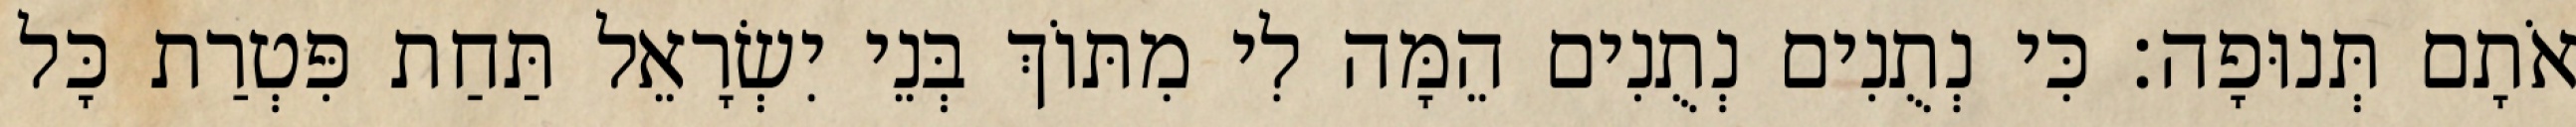
אֹתָם תְּנוּפָה׃ כִּי נְתֻנִים נְתֻנִים הֵמָּה לִי מִתּוֹךְ בְּנֵי יִשְׂרָאֵל תַּחַת פִּטְרַת כָּל